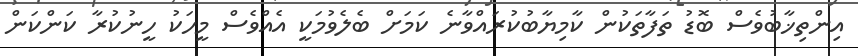
އިންތިޚާބުވެސް ބޮޑު ތަފާތަކުން ކާމިޔާބުކުރައްވާނެ ކަމަށް ބެލެވުމަކީ އެއްވެސް މީހަކު ހީނުކުރާ ކަންކަން